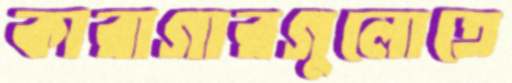
কারাগারগুলোতে